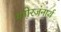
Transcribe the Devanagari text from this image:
मनोरजंनार्थ